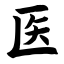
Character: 医